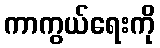
ကာကွယ်ရေးကို